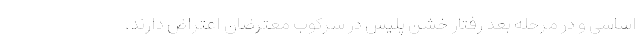
اساسی و در مرحله بعد رفتار خشن پلیس در سرکوب معترضان اعتراض دارند.